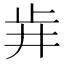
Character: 𣥟